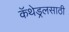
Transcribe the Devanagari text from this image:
कॅथेड्रलसाठी